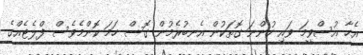
އެހާ އުސްވީމަ ވައި ހުންނަ ގޮތަކުން އެނބުރެމުން ގޮސް ހަމަ ކޮންމެވެސް ފްލެޓެއްގެ